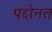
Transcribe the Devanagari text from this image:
पद्दोनत